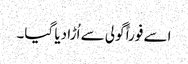
اسے فوراً گولی سے اُڑا دیا گیا۔